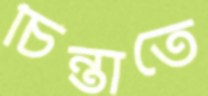
চিন্তাতে